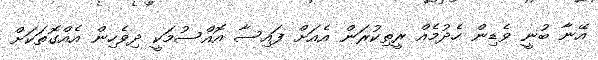
އޭނާ ބުނީ ވެޑިން ހެދުމެއް ރީތިކުރަން އެއަށް ފައިސާ އޮއްސުމަކީ ދިވެހިން އެއްގޮތަކަށް